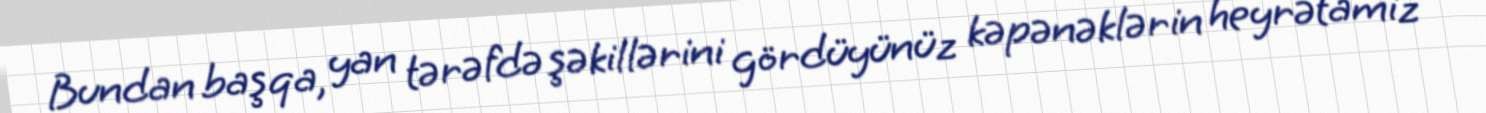
Bundan başqa, yan tərəfdə şəkillərini gördüyünüz kəpənəklərin heyrətamiz